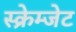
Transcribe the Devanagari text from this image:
स्क्रेम्जेट